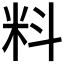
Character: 料